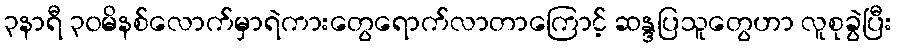
၃နာရီ ၃၀မိနစ်လောက်မှာရဲကားတွေရောက်လာတာကြောင့် ဆန္ဒပြသူတွေဟာ လူစုခွဲပြီး